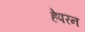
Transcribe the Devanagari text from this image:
हेपरन